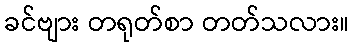
ခင်ဗျား တရုတ်စာ တတ်သလား။